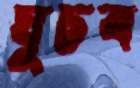
ঘুচব